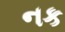
નક